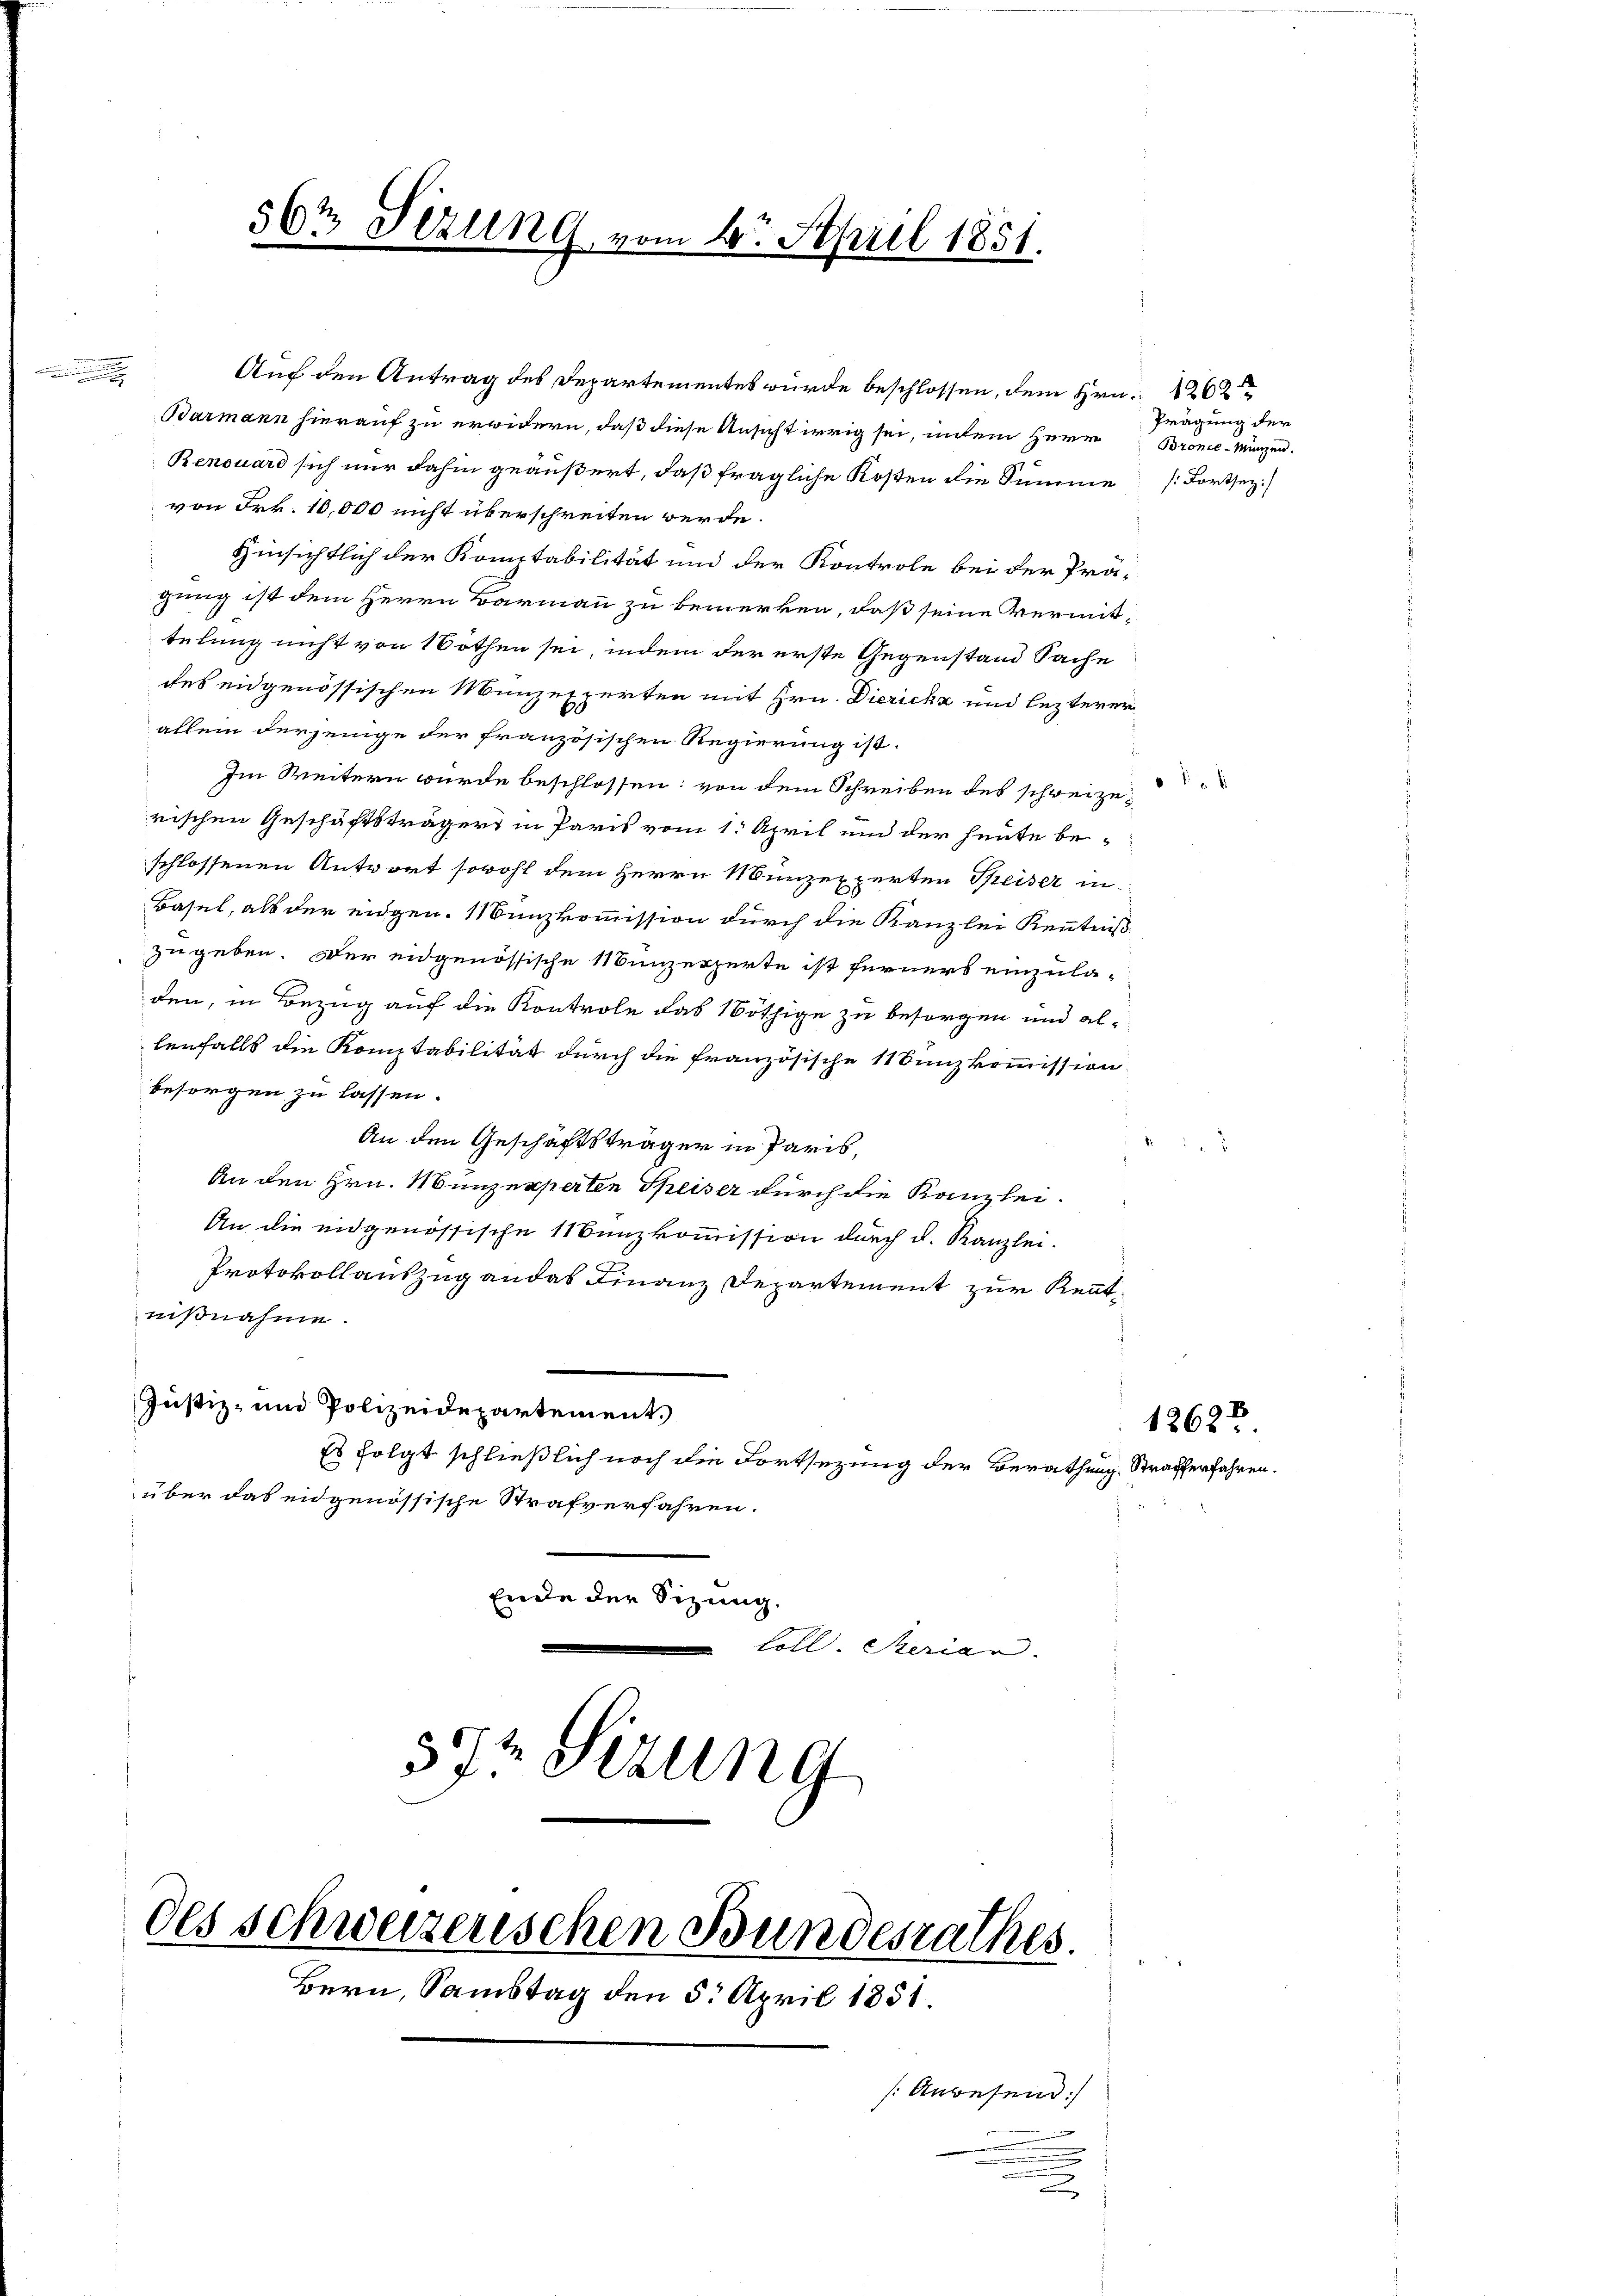
56t Sizung vom 14. April 1851.

Auf den Antrag des Departementes wurde beschlossen, dem Hrn. 1262
Barmann hierauf zu erwidern, daß diese Ansicht irrig sei, indem Herr Bronce-Münzen.
Benouard sich nur dahin geäußert, daß fragliche Kosten die Summe [Fortsez
von Frk. 10,000 nicht überschreiten werde.
Hinsichtlich der Komitabilität und der Kontrole bei der Prägung ist dem Herrn Barmann zu bemerken, daß seine Vermittelung nicht von Nothen sei, indem der erste Gegenstand Sache
des eidgenössischen Münzexperten mit Hrn. Diericht und lezterer
allein derjenige der französischen Regierung ist.
Im Weitern wurde beschlossen: von dem Schreiben des schweizerischen Geschäftsträgers in Paris vom 1. April und der heute beschlossenen Antwort sowohl dem Herrn Münzexperten Speiser in
Basel, als der eidgen. Münzkommission durch die Kanzlei Kenntniß.
zugeben. Der engenössische Munzerzerte ist ferners einzula-
den, in Bezug auf die Kontrole das Nöthige zu besorgen und allenfalls die Komptabilität durch die französische 11 Sunzkommission
besorgen zu lassen.
An den Geschäftsträger in Paris,
An den Hrn. Münzexperten Speiser durch die Kanzlei-
An die eidgenössische Manzkommission durch d. Kanzlei.
Protokollauszug an das Finanz Departement zur Kenntnißnahme.
Justiz- und Polizeidepartement.
Es folgt schließlich noch die Fortsezung der Berathung Strafferfahren.
über das eidgenössische Strafverfahren.
Ende der Sizung.
Coll. Serian.
57t Sezung

des schweizerischen Bundesrathes.
Bern, Samstag den 5. April 1851.

[Anbesein:

Prägung der

12622